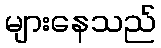
များနေသည်